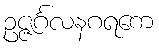
ဥဇ္ဇင်္ဂလနဂရကေ